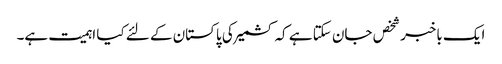
ایک باخبر شخص جان سکتا ہے کہ کشمیر کی پاکستان کے لئے کیا اہمیت ہے۔